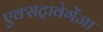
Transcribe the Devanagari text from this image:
एक्सट्रावेगेंजा